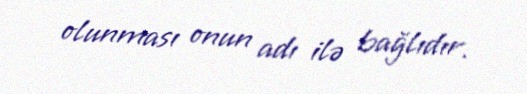
olunması onun adı ilə bağlıdır.